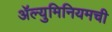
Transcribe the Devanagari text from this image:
ॲल्युमिनियमची